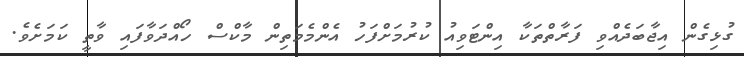
ގުޅިގެން އިޖާބަދެއްވި ފަރާތްތަކާ އިންޓަވިއު ކުރުމަށްފަހު އެންމެމަތިން މާކްސް ހޯއްދަވާފައި ވާތީ ކަމަށެވެ.